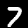
Label: 7